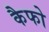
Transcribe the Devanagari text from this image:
कैफो